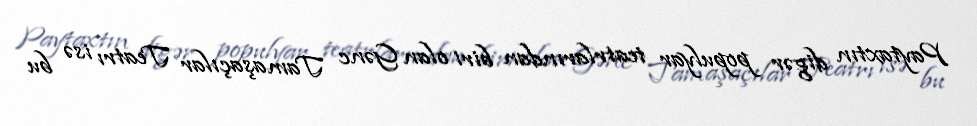
Paytaxtın digər populyar teatrlarından biri olan Gənc Tamaşaçılar Teatrı isə bu